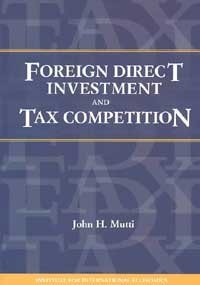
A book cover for Foreign Direct Investment and International Taxation; John H. Mutti; Law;